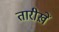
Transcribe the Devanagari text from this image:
तारीख़ें